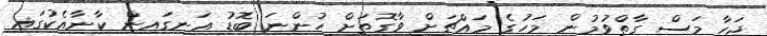
ޖަހާ މަސް ގާތްވުމުން މަހުގެ މައްޗަށް ވާގޮތަށް ހުންނަ ބޮޑު އަނގައިން ކާނާއެކުގައި